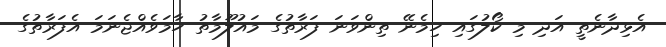
އެޅިދާނެތީ އަދި މި ކޯލުގައި ހިމެނޭ ތިންވަނަ ފަރާތުގެ މައުލޫމާތު ހާމަވެއްޖެނަމަ އެފަރާތުގެ